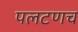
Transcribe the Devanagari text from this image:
पलटणच